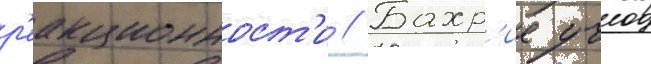
р'еакционност'и // Бахр'ие учок